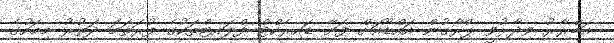
އަބްރާރު ވިދާޅުވީ ޕްރާގުން އައްޑޫއަށް ފަށާ ޑައިރެކްޓް ފްލައިޓްތަކުގެ ފުރަތަމަ ދަތުރު މިމަހުގެ